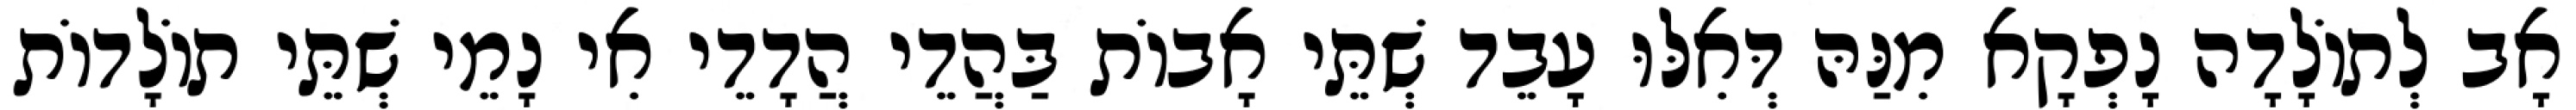
אָב לְתוֹלָדָה נָפְקָא מִנַּהּ דְּאִלּוּ עָבֵד שְׁתֵּי אָבוֹת בַּהֲדֵי הֲדָדֵי אִי נָמֵי שְׁתֵּי תוֹלָדוֹת